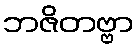
ဘဇိတဗ္ဗာ